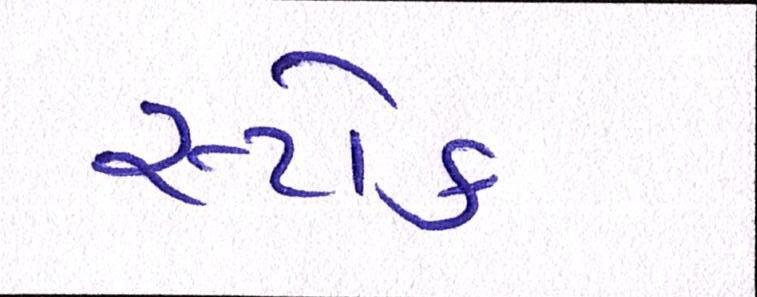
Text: સ્ટોક